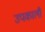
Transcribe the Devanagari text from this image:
उपकालौं